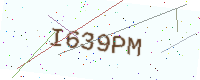
Text: I639PM